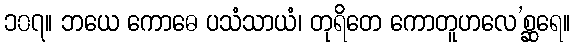
၁၀၇။ ဘယေ ကောဓေ ပသံသာယံ၊ တုရိတေ ကောတူဟလေ’စ္ဆရေ။